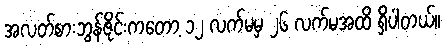
အလတ်စားဘွန်ဇိုင်းကတော့ ၁၂ လက်မမှ ၂၆ လက်မအထိ ရှိပါတယ်။